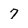
Character: 7